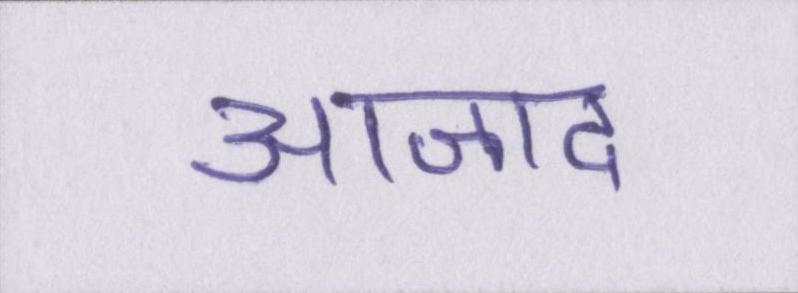
आजाद